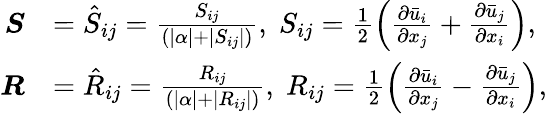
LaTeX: \begin{array}{rl}{\boldsymbol{S}}&{=\hat{S}_{ij}=\frac{{S}_{ij}}{(|\alpha|+|S_{ij}|)},\; {S}_{ij}=\frac{1}{2}\left(\frac{\partial\bar{u}_{i}}{\partial x_{j}}+\frac{\partial\bar{u}_{j}}{\partial x_{i}}\right),}\\ {\boldsymbol{R}}&{=\hat{R}_{ij}=\frac{{R}_{ij}}{(|\alpha|+|R_{ij}|)},\; {R}_{ij}=\frac{1}{2}\left(\frac{\partial\bar{u}_{i}}{\partial x_{j}}-\frac{\partial\bar{u}_{j}}{\partial x_{i}}\right),}\end{array}